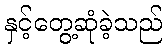
နှင့်တွေ့ဆုံခဲ့သည်